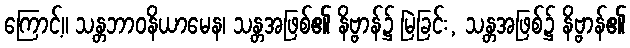
ကြောင့်။ သန္တဘာဝနိယာမေန၊ သန္တအဖြစ်၏ နိဗ္ဗာန်၌ မြဲခြင်း, သန္တအဖြစ်၌ နိဗ္ဗာန်၏